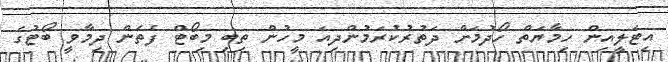
އިޓަލީއިން ހިމާޔަތް ހޯދުމަށް ދަތުރުކުރަމުންދިއަ މީހުން ތިބި މިބޯޓް ފެތެން ދިމާވީ ބޯޓުގެ